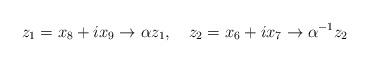
LaTeX: \begin{align*}z_1 = x_8 + i x_9 \rightarrow \alpha z_1, \quad z_2= x_6 + i x_7\rightarrow \alpha^{-1} z_2\end{align*}